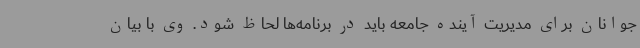
جوانان برای مدیریت آینده جامعه باید در برنامه‌ها لحاظ شود. وی با بیان